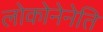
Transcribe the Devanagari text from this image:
लोकोनेनेति